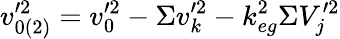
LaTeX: v_{0(2)}^{\prime 2}=v_{0}^{\prime 2}-\Sigma v_{k}^{\prime 2}-k_{eg}^{2}\Sigma V_{j}^{\prime 2}